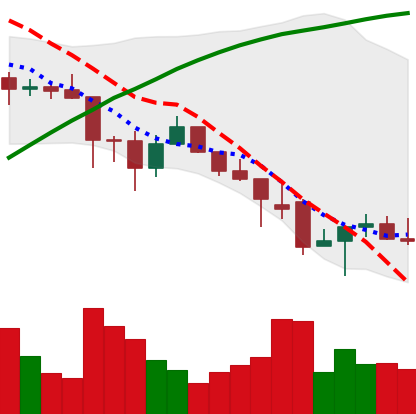
Ticker: ADA-USD
Chart end date: 2021-12-01
Forward return: -7.903%
Label: down_7plus